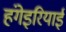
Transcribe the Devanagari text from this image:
हंगेइरियाई